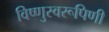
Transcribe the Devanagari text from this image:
विष्णुस्वरूपिणी